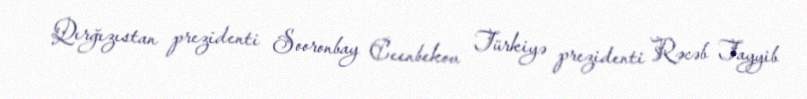
Qırğızıstan prezidenti Sooronbay Ceenbekov Türkiyə prezidenti Rəcəb Tayyib